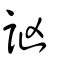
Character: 訩